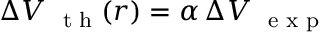
\Delta V _ { \mathrm { ~ \scriptsize ~ t ~ h ~ } } ( r ) = \alpha \, \Delta V _ { \mathrm { ~ \scriptsize ~ e ~ x ~ p ~ } }